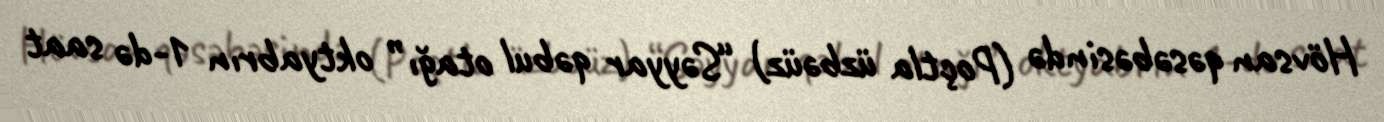
Hövsan qəsəbəsində (Poçtla üzbəüz) “Səyyar qəbul otağı” oktyabrın 1-də saat